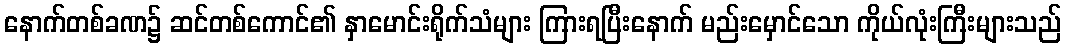
နောက်တစ်ခဏ၌ ဆင်တစ်ကောင်၏ နှာမောင်းရိုက်သံများ ကြားရပြီးနောက် မည်းမှောင်သော ကိုယ်လုံးကြီးများသည်